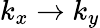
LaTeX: k_{x}\rightarrow k_{y}